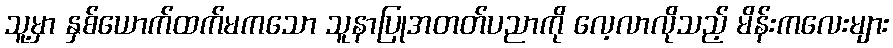
သူ့မှာ နှစ်ယောက်ထက်မကသော သူနာပြုအတတ်ပညာကို လေ့လာလိုသည့် မိန်းကလေးများ